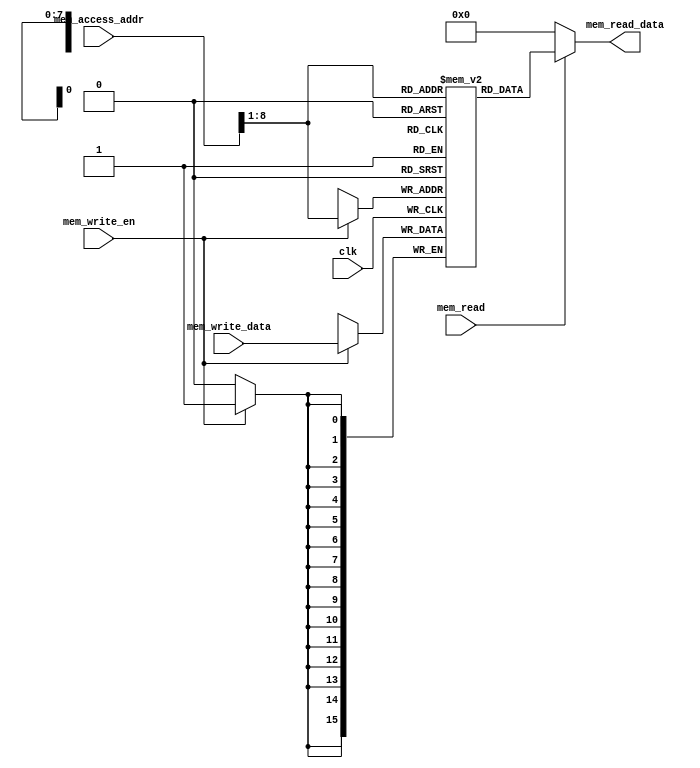
module data_memory  
 (  
      input                         clk,  
      // address input, shared by read and write port  
      input     [15:0]               mem_access_addr,  
      // write port  
      input     [15:0]               mem_write_data,  
      input                         mem_write_en,  
      input mem_read,  
      // read port  
      output     [15:0]               mem_read_data  
 );  
      integer i;  
      reg [15:0] ram [255:0];  
      wire [7 : 0] ram_addr = mem_access_addr[8 : 1];  
      initial begin  
           for(i=0;i<256;i=i+1)  
                ram[i] <= 16'd0;  
      end  
      always @(posedge clk) begin  
           if (mem_write_en)  
                ram[ram_addr] <= mem_write_data;  
      end  
      assign mem_read_data = (mem_read==1'b1) ? ram[ram_addr]: 16'd0;   
 endmodule